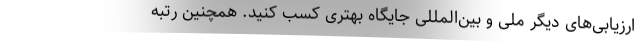
ارزیابی‌های دیگر ملی و بین‌المللی جایگاه بهتری کسب کنید. همچنین رتبه